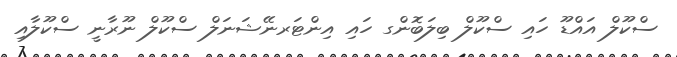
ސްކޫލް އައްޑޫ ހައި ސްކޫލް ބިލަބޮންގ ހައި އިންޓަރނޭޝަނަލް ސްކޫލް ނޫރާނީ ސްކޫލާއި